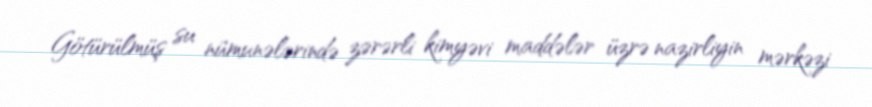
Götürülmüş su nümunələrində zərərli kimyəvi maddələr üzrə nazirliyin mərkəzi